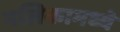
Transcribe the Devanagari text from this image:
नलिकामध्ये